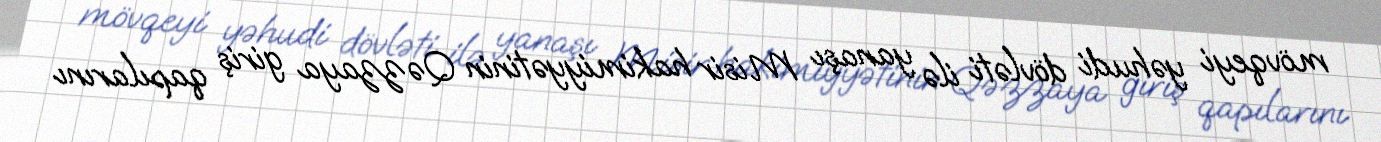
mövqeyi yəhudi dövləti ilə yanaşı Misir hakimiyyətinin Qəzzaya giriş qapılarını